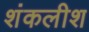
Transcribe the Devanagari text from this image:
शंकलीश